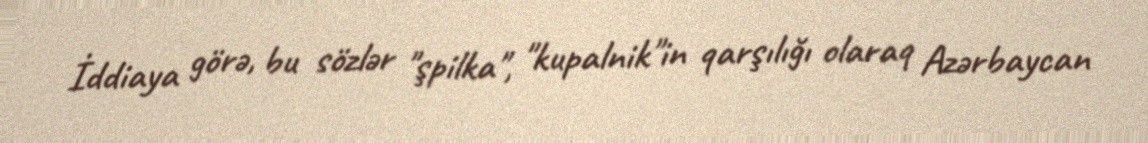
İddiaya görə, bu sözlər "şpilka", "kupalnik"in qarşılığı olaraq Azərbaycan